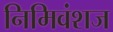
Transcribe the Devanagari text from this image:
निमिवंशज